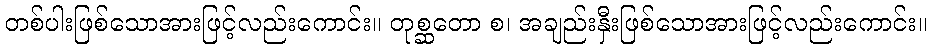
တစ်ပါးဖြစ်သောအားဖြင့်လည်းကောင်း။ တုစ္ဆတော စ၊ အချည်းနှီးဖြစ်သောအားဖြင့်လည်းကောင်း။